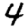
Digit: 4